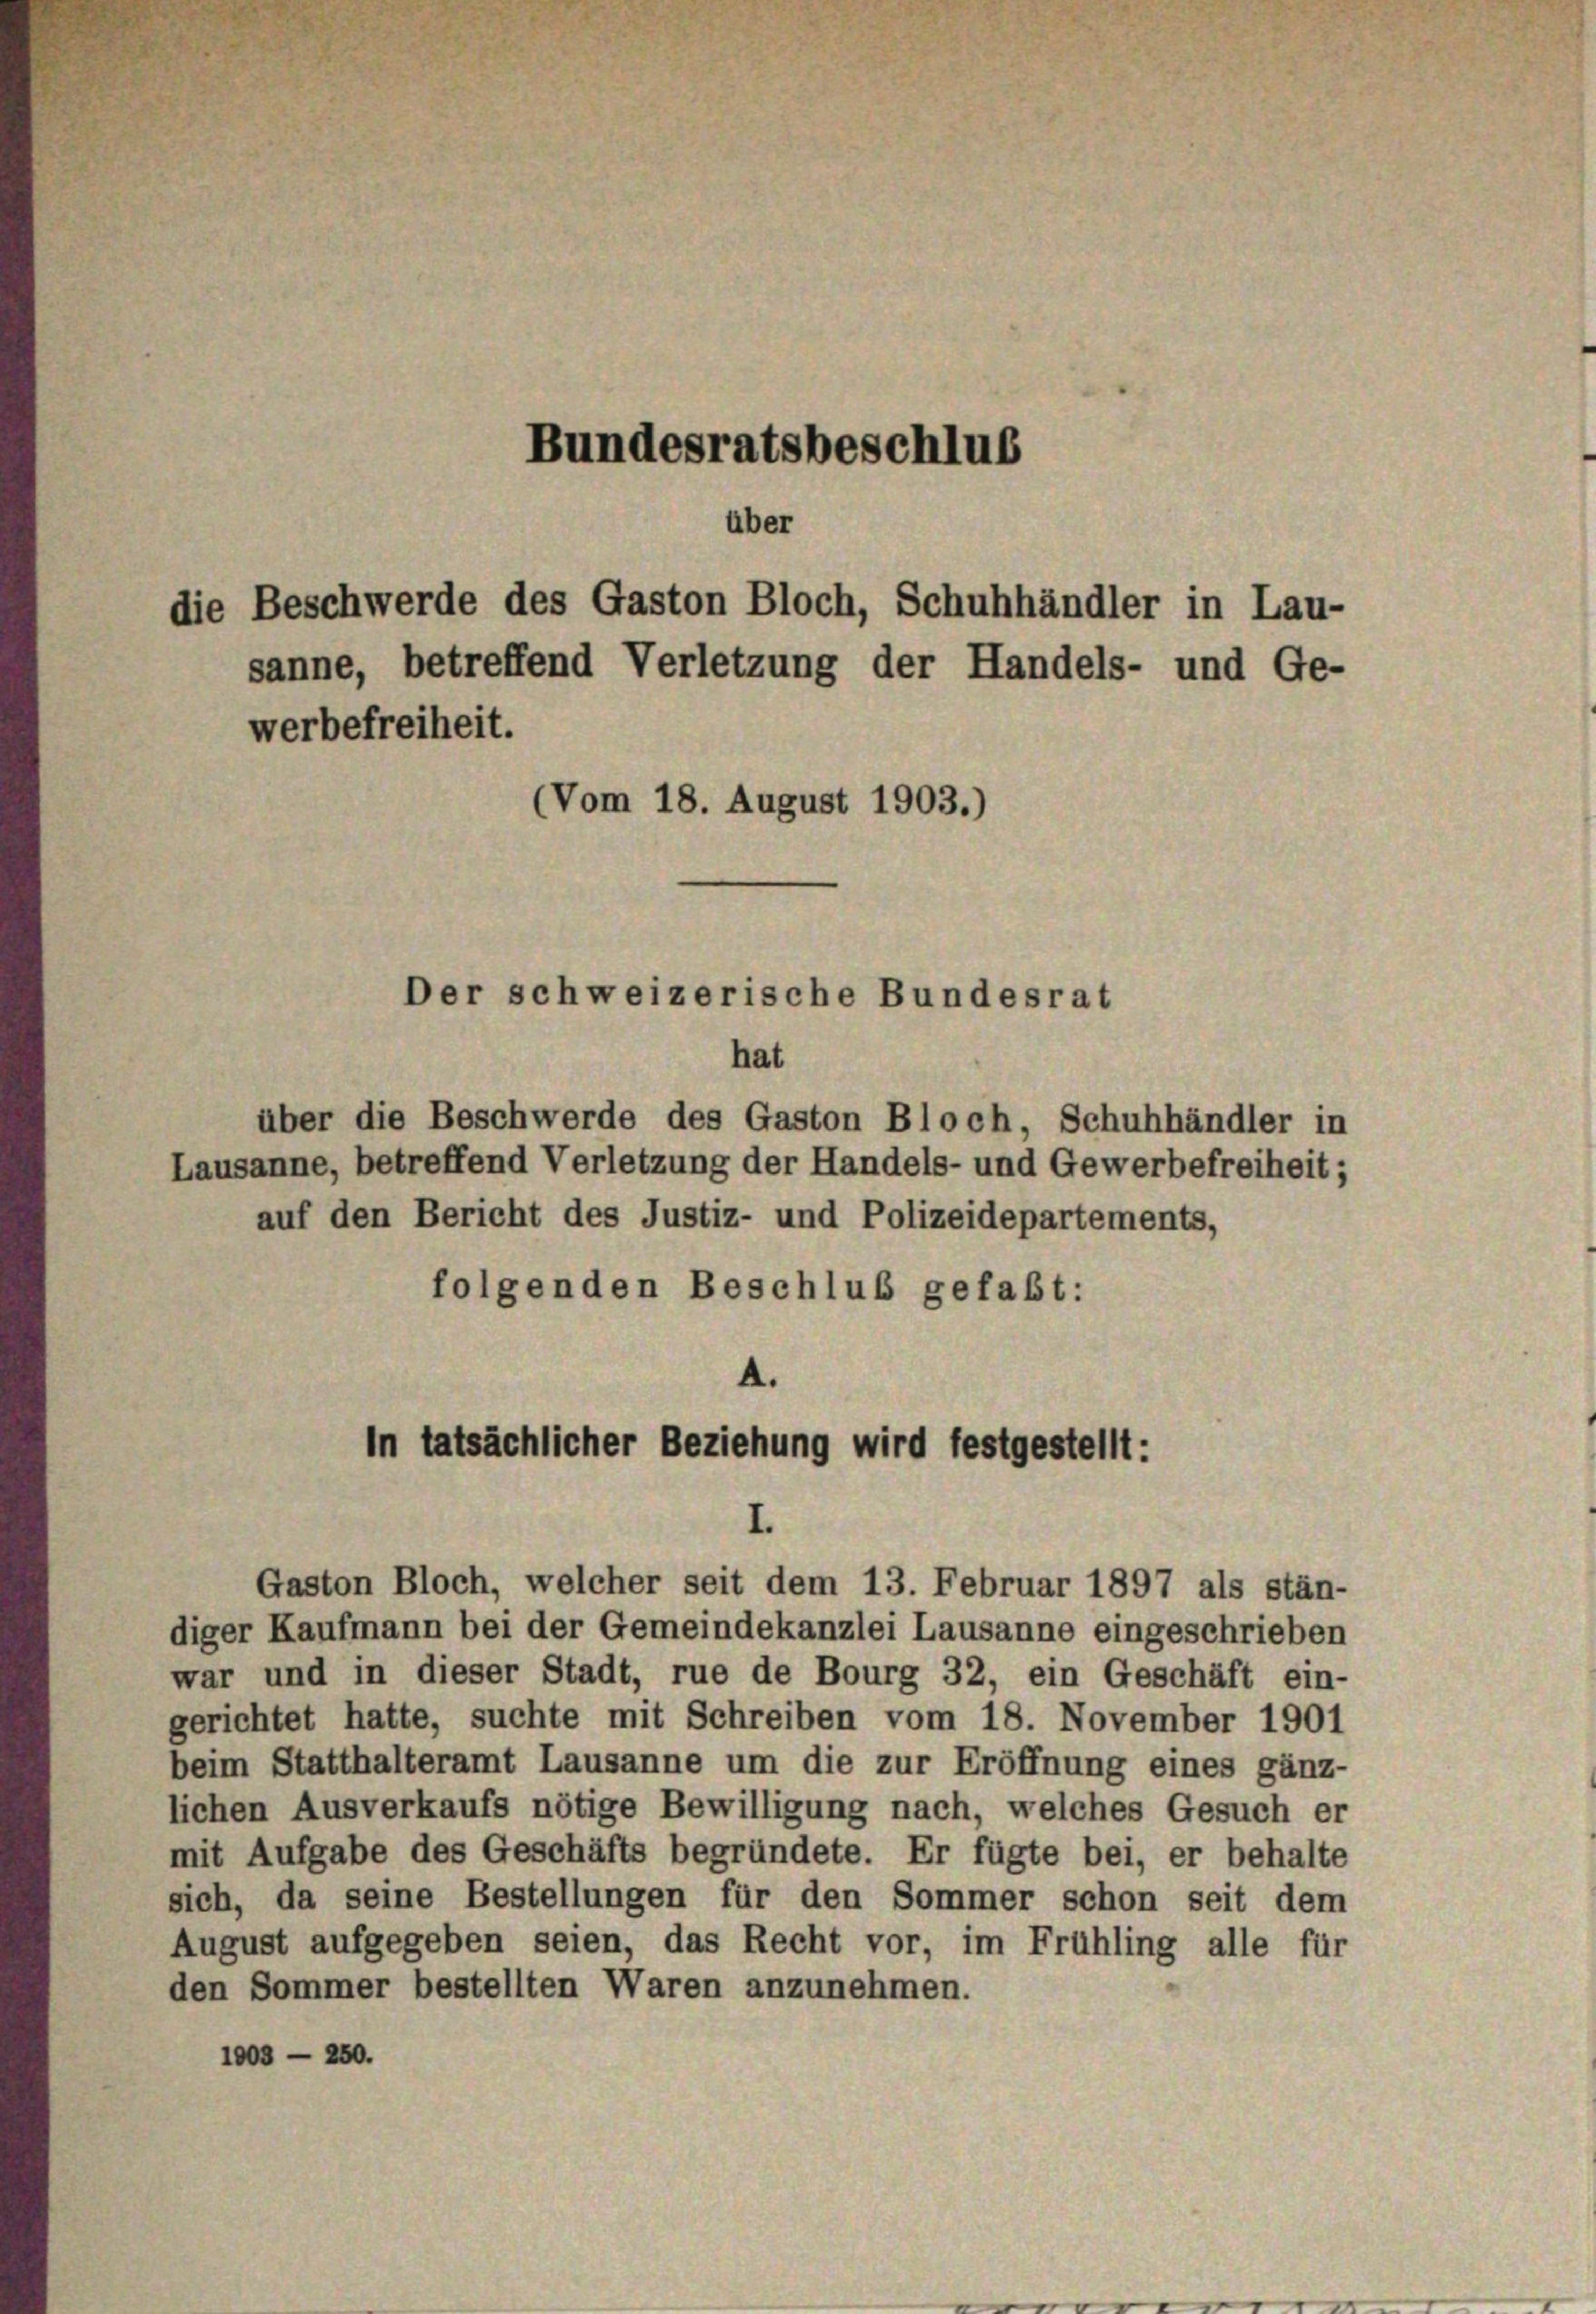
Bundesratsbeschlus

werbefreiheit.
(Vom 18. August 1903.)

über die Beschwerde des Gaston Bloch, Schuhhändler in
Lausanne, betreffend Verletzung der Handels- und Gewerbefreiheit;
auf den Bericht des Justiz- und Polizeidepartements,
folgenden Beschluß gefaßt:

über
die Beschwerde des Gaston Bloch, Schuhhändler in Lau-
sanne, betreffend Verletzung der Handels- und Ge-

A.
In tatsächlicher Beziehung wird festgestellt:
I.

Der schweizerische Bundesrat
hat

Gaston Bloch, welcher seit dem 13. Februar 1897 als stän-
diger Kaufmann bei der Gemeindekanzlei Lausanne eingeschrieben
war und in dieser Stadt, rue de Bourg 32, ein Geschäft ein-
gerichtet hatte, suchte mit Schreiben vom 18. November 1901
beim Statthalteramt Lausanne um die zur Eröffnung eines gänz-
lichen Ausverkaufs nötige Bewilligung nach, welches Gesuch er
mit Aufgabe des Geschäfts begründete. Er fügte bei, er behalte
sich, da seine Bestellungen für den Sommer schon seit dem
August aufgegeben seien, das Recht vor, im Frühling alle für
den Sommer bestellten Waren anzunehmen.
1003 — 250.